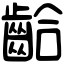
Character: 𪘁